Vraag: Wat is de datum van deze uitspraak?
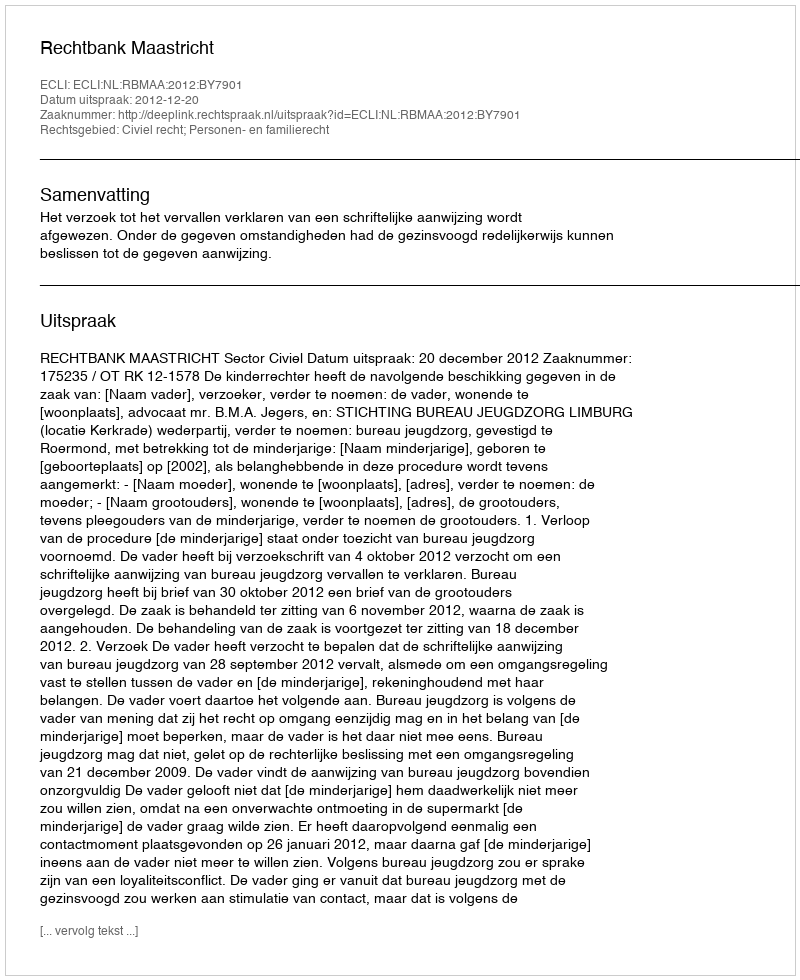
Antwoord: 2012-12-20